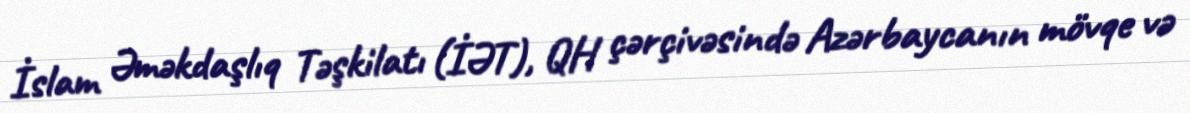
İslam Əməkdaşlıq Təşkilatı (İƏT), QH çərçivəsində Azərbaycanın mövqe və